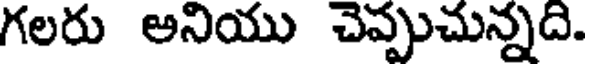
గలరు అనియు చెప్పుచున్నది.